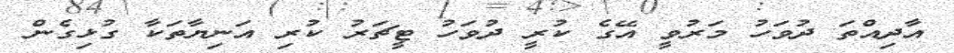
އާދިއްތަ ދުވަހު މަރުވީ އޭގެ ކުރީ ދުވަހު ޓީޗަރު ކުރި އަނިޔާތަކާ ގުޅިގެން